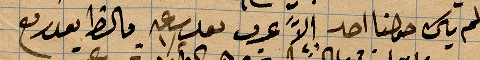
لم يكن حولنا احد الا عرب بعد ساعة ما الحظ بعد ربع